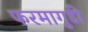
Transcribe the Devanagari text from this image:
फरमागुडी